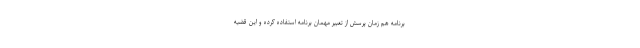
برنامه هم زمان پرسش از تعبیر مهمان برنامه استفاده کرده و این قضیه